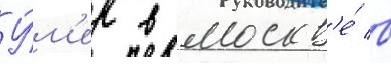
У́м'ер в москв'е́ в